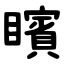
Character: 矉